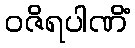
ဝဇိရပါဏိံ